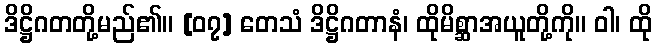
ဒိဋ္ဌိဂတတို့မည်၏။ [၀၇] တေသံ ဒိဋ္ဌိဂတာနံ၊ ထိုမိစ္ဆာအယူတို့ကို။ ဝါ၊ ထို